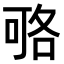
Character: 𠶱